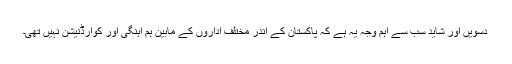
دسویں اور شاید سب سے اہم وجہ یہ ہے کہ پاکستان کے اندر مختلف اداروں کے مابین ہم آہنگی اور کوآرڈنیشن نہیں تھی۔